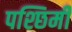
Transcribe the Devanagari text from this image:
पश्छिमी